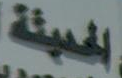
الحديثة